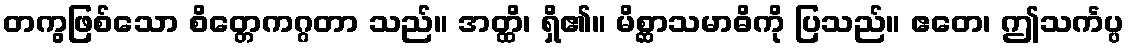
တကွဖြစ်သော စိတ္တေကဂ္ဂတာ သည်။ အတ္ထိ၊ ရှိ၏။ မိစ္ဆာသမာဓိကို ပြသည်။ ဧတေ၊ ဤသင်္ကပ္ပ